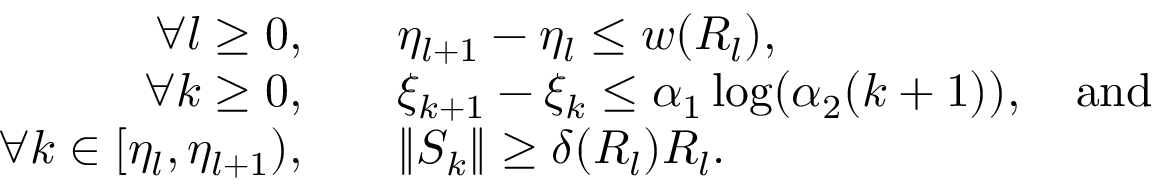
\begin{array} { r l } { \forall l \geq 0 , \quad } & { \eta _ { l + 1 } - \eta _ { l } \leq w ( R _ { l } ) , } \\ { \forall k \geq 0 , \quad } & { \xi _ { k + 1 } - \xi _ { k } \leq \alpha _ { 1 } \log ( \alpha _ { 2 } ( k + 1 ) ) , \quad \mathrm { a n d } } \\ { \forall k \in [ \eta _ { l } , \eta _ { l + 1 } ) , \quad } & { \| S _ { k } \| \geq \delta ( R _ { l } ) R _ { l } . } \end{array}